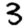
Digit: 3